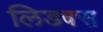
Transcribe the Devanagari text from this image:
लिडक्स